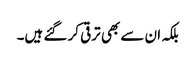
بلکہ ان سے بھی ترقی کر گئے ہیں۔